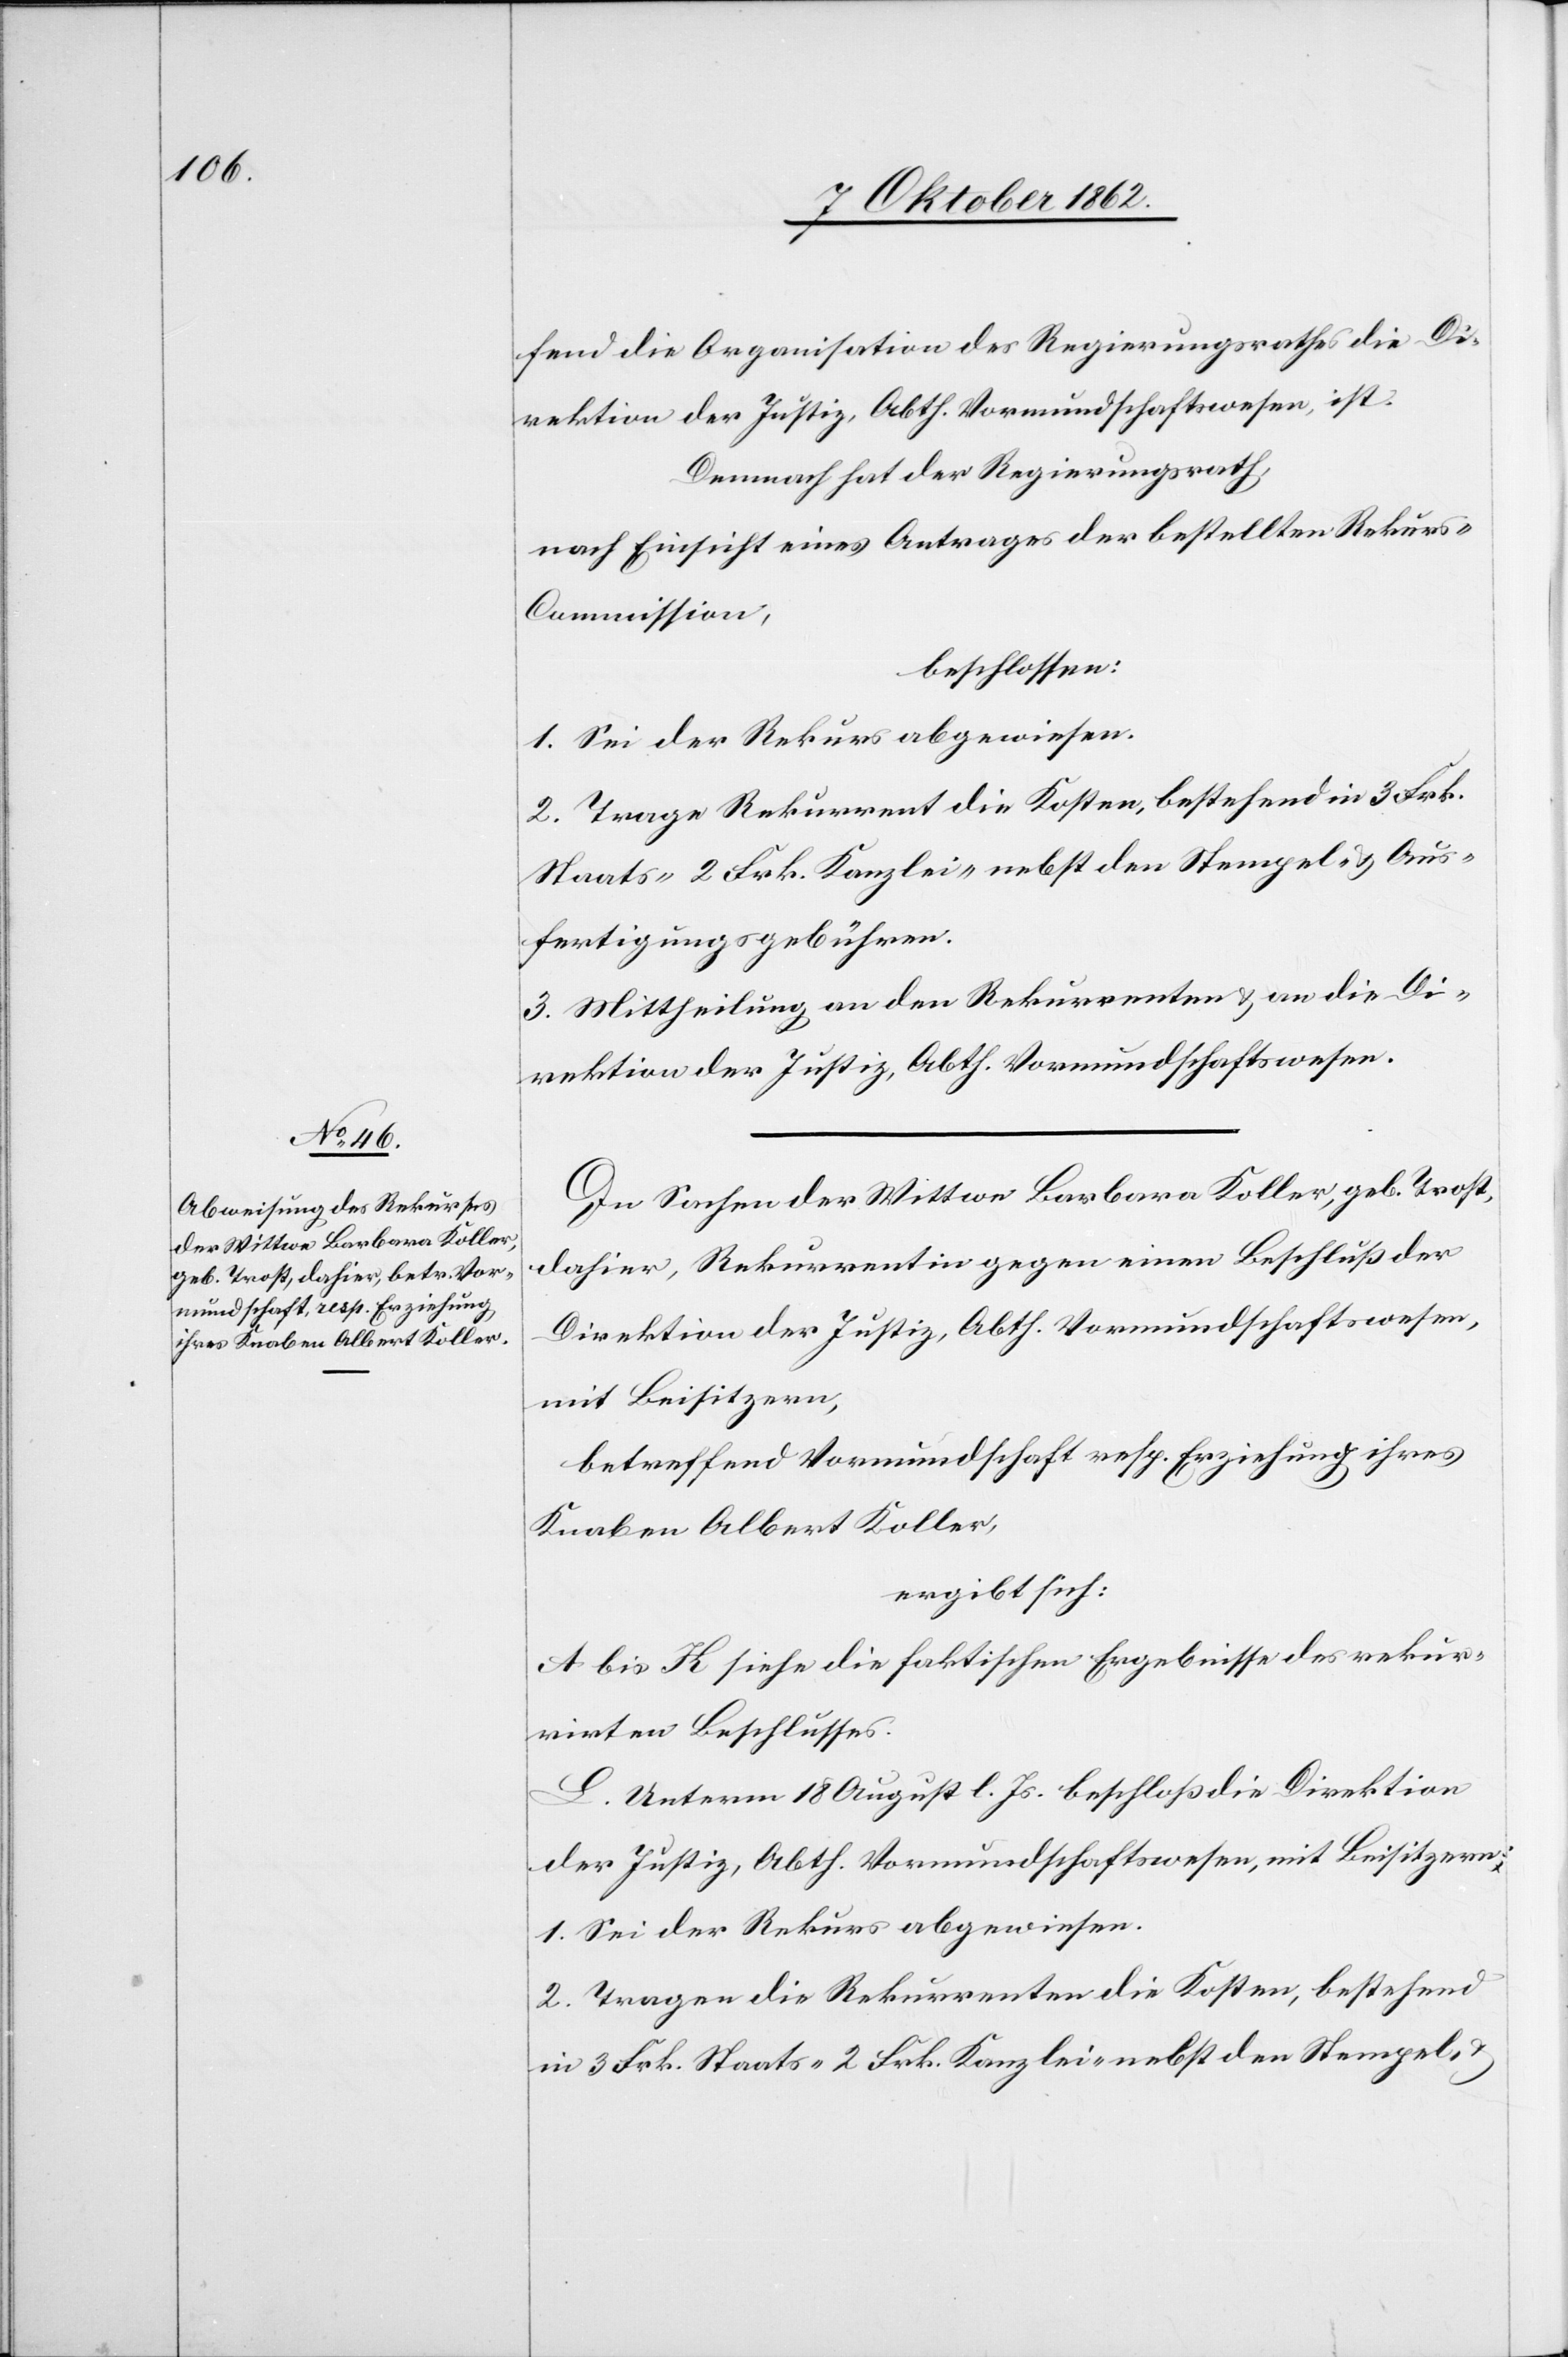
fend die Organisation des Regierungsrathes die Di¬
rektion der Justiz, Abth. Vormundschaftswesen, ist.
Demnach hat der Regierungsrath,
nach Einsicht eines Antrages der bestellten Rekur¬
s-Commission,
beschlossen:
1. Sei der Rekurs abgewiesen.
2. Trage Rekurrent die Kosten, bestehend in 3 Frk.
Staats-[,] 2 Frk. Kanzlei- nebst den Stempel- u. Aus¬
fertigungsgebühren.
3. Mittheilung an den Rekurrenten u. an die Di¬
rektion der Justiz, Abth. Vormundschaftswesen.
In Sachen der Wittwe Barbara Koller, geb. Trost,
dahier, Rekurrentin gegen einen Beschluß der
Direktion der Justiz, Abth. Vormundschaftswesen,
mit Beisitzern,
betreffend Vormundschaft resp. Erziehung ihres
Knaben Albert Koller,
ergibt sich:
A bis K siehe die faktischen Ergebnisse des rekur¬
rirten Beschlusses.
L. Unterm 18. August l. Js. beschloß die Direktion
der Justiz, Abth. Vormundschaftswesen, mit Beisitzern:
1. Sei der Rekurs abgewiesen.
2. Tragen die Rekurrenten die Kosten, bestehend
in 3 Frk. Staats-[,] 2 Frk. Kanzlei- nebst den Stempel- u.